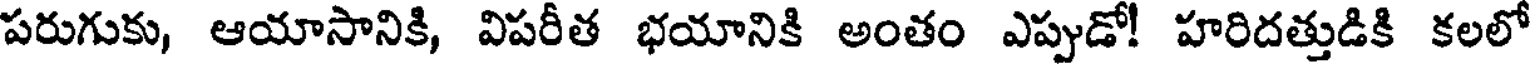
పరుగుకు, ఆయాసానికి, విపరీత భయానికి అంతం ఎప్పుడో! హరిదత్తుడికి కలలో